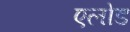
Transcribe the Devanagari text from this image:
एलोड